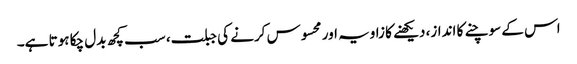
اس کے سوچنے کا انداز، دیکھنے کا زاویہ اور محسوس کرنے کی جبلت، سب کچھ بدل چکا ہوتا ہے۔